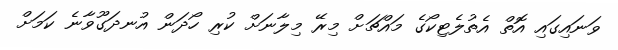
ވަނައިގައި އޮތް އެތުލެޓިކޯގެ މައްޗަށް މިރޭ މިލާނަށް ކުރި ހޯދަން އުނދަގޫވާނެ ކަމަށް